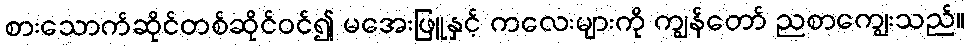
စားသောက်ဆိုင်တစ်ဆိုင်ဝင်၍ မအေးဖြူနှင့် ကလေးများကို ကျွန်တော် ညစာကျွေးသည်။